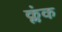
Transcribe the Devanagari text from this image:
क्लंक